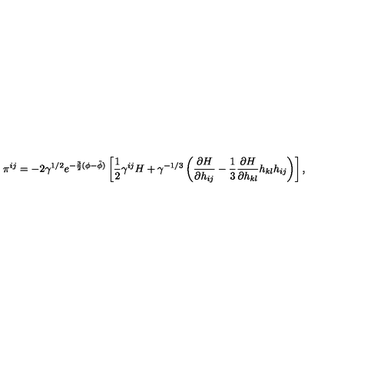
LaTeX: \pi ^ { i j } = - 2 \gamma ^ { 1 / 2 } e ^ { - \frac { 3 } { 2 } ( \phi - \tilde { \phi } ) } \left[ \frac { 1 } { 2 } \gamma ^ { i j } H + \gamma ^ { - 1 / 3 } \left( \frac { \partial H } { \partial h _ { i j } } - \frac { 1 } { 3 } \frac { \partial H } { \partial h _ { k l } } h _ { k l } h _ { i j } \right) \right] ,